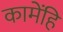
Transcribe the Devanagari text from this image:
कामेंहि